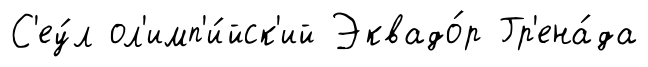
С'еу́л ол'имп'и́йск'ий Эквадо́р Гр'ена́да